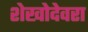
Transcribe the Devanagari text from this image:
शेखोदेवरा